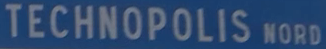
TECHNOPOLIS NORD